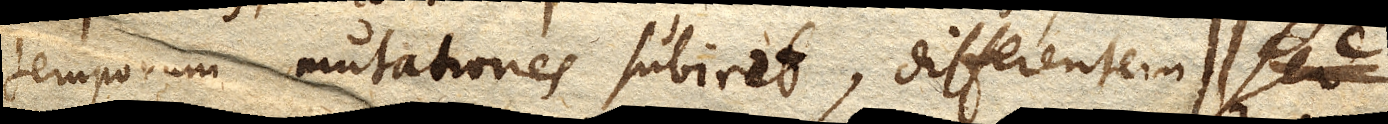
temporum mutationes subiret, differentem. Sed